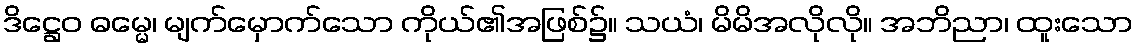
ဒိဋ္ဌေဝ ဓမ္မေ၊ မျက်မှောက်သော ကိုယ်၏အဖြစ်၌။ သယံ၊ မိမိအလိုလို။ အဘိညာ၊ ထူးသော